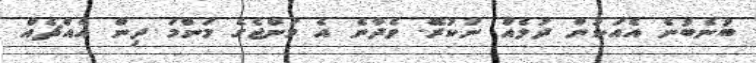
ބުނެބުނެ އެއަކުން ދުލެއް ނުކުރޭ. ވެދާނެ އެ މަންޖެގެ މަންމަ ދިން އެއްޗެއް